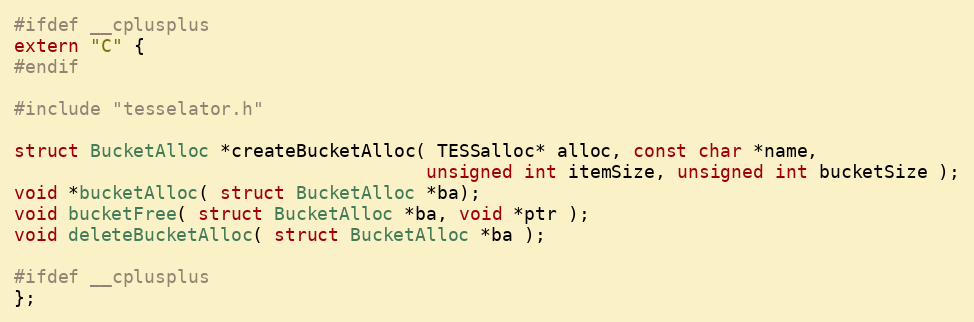
Language: C
#ifdef __cplusplus
extern "C" {
#endif

#include "tesselator.h"

struct BucketAlloc *createBucketAlloc( TESSalloc* alloc, const char *name,
									  unsigned int itemSize, unsigned int bucketSize );
void *bucketAlloc( struct BucketAlloc *ba);
void bucketFree( struct BucketAlloc *ba, void *ptr );
void deleteBucketAlloc( struct BucketAlloc *ba );

#ifdef __cplusplus
};